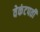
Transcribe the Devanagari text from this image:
वेकंटपती